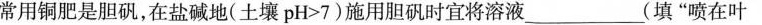
常用铜肥是胆矾，在盐碱地(土壤pH>7)施用胆矾时宜将溶液____(填”喷在叶